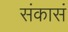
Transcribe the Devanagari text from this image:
संकासं